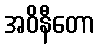
အဝိနီတော